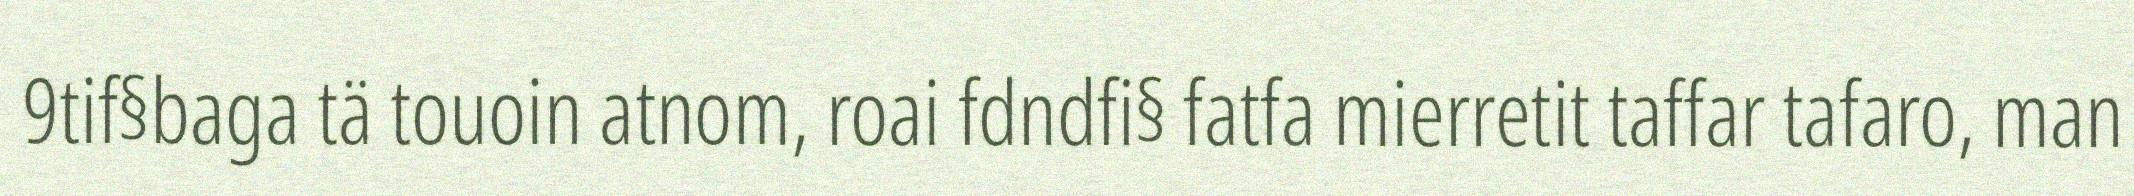
9tif§baga tä touoin atnom, roai fdndfi§ fatfa mierretit taffar tafaro, man